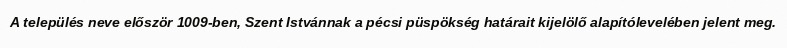
A település neve először 1009-ben, Szent Istvánnak a pécsi püspökség határait kijelölő alapítólevelében jelent meg.